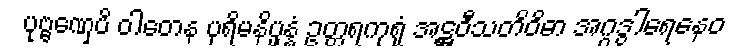
ပုဗ္ဗဏှေပိ ဝါတေန ပုရိမနိပ္ဖန္နံ ဥတ္တရကုရုံ အဋ္ဌဝီသတိဝိဓာ အဂ္ဂဒွါရေနေဝ